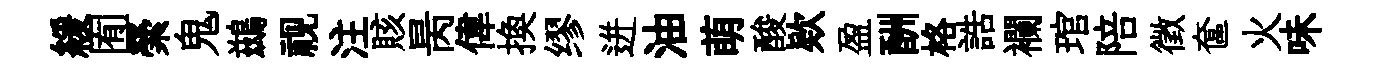
緩囿縈鬼鷀视注賅昺偉换缪迸油萌酸欵盈酬格誥襴琯陪徵奩火味